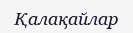
Қалақайлар